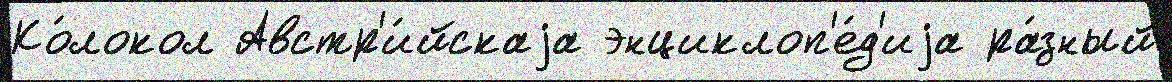
Ко́локол Австр'и́йскаjа энциклоп'е́д'иjа ра́зный